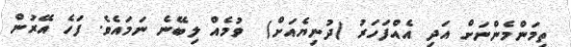
ތިމަންމެންނަށް އަދި އެއްފަހަރު (ދުނިޔެއަށް)  ވުމެއް ލިބޭނެ ނަމައެވެ. ފަހެ އޭރުން